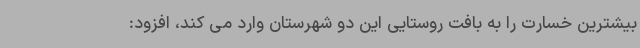
بیشترین خسارت را به بافت روستایی این دو شهرستان وارد می کند، افزود: